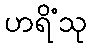
ဟရိံသု